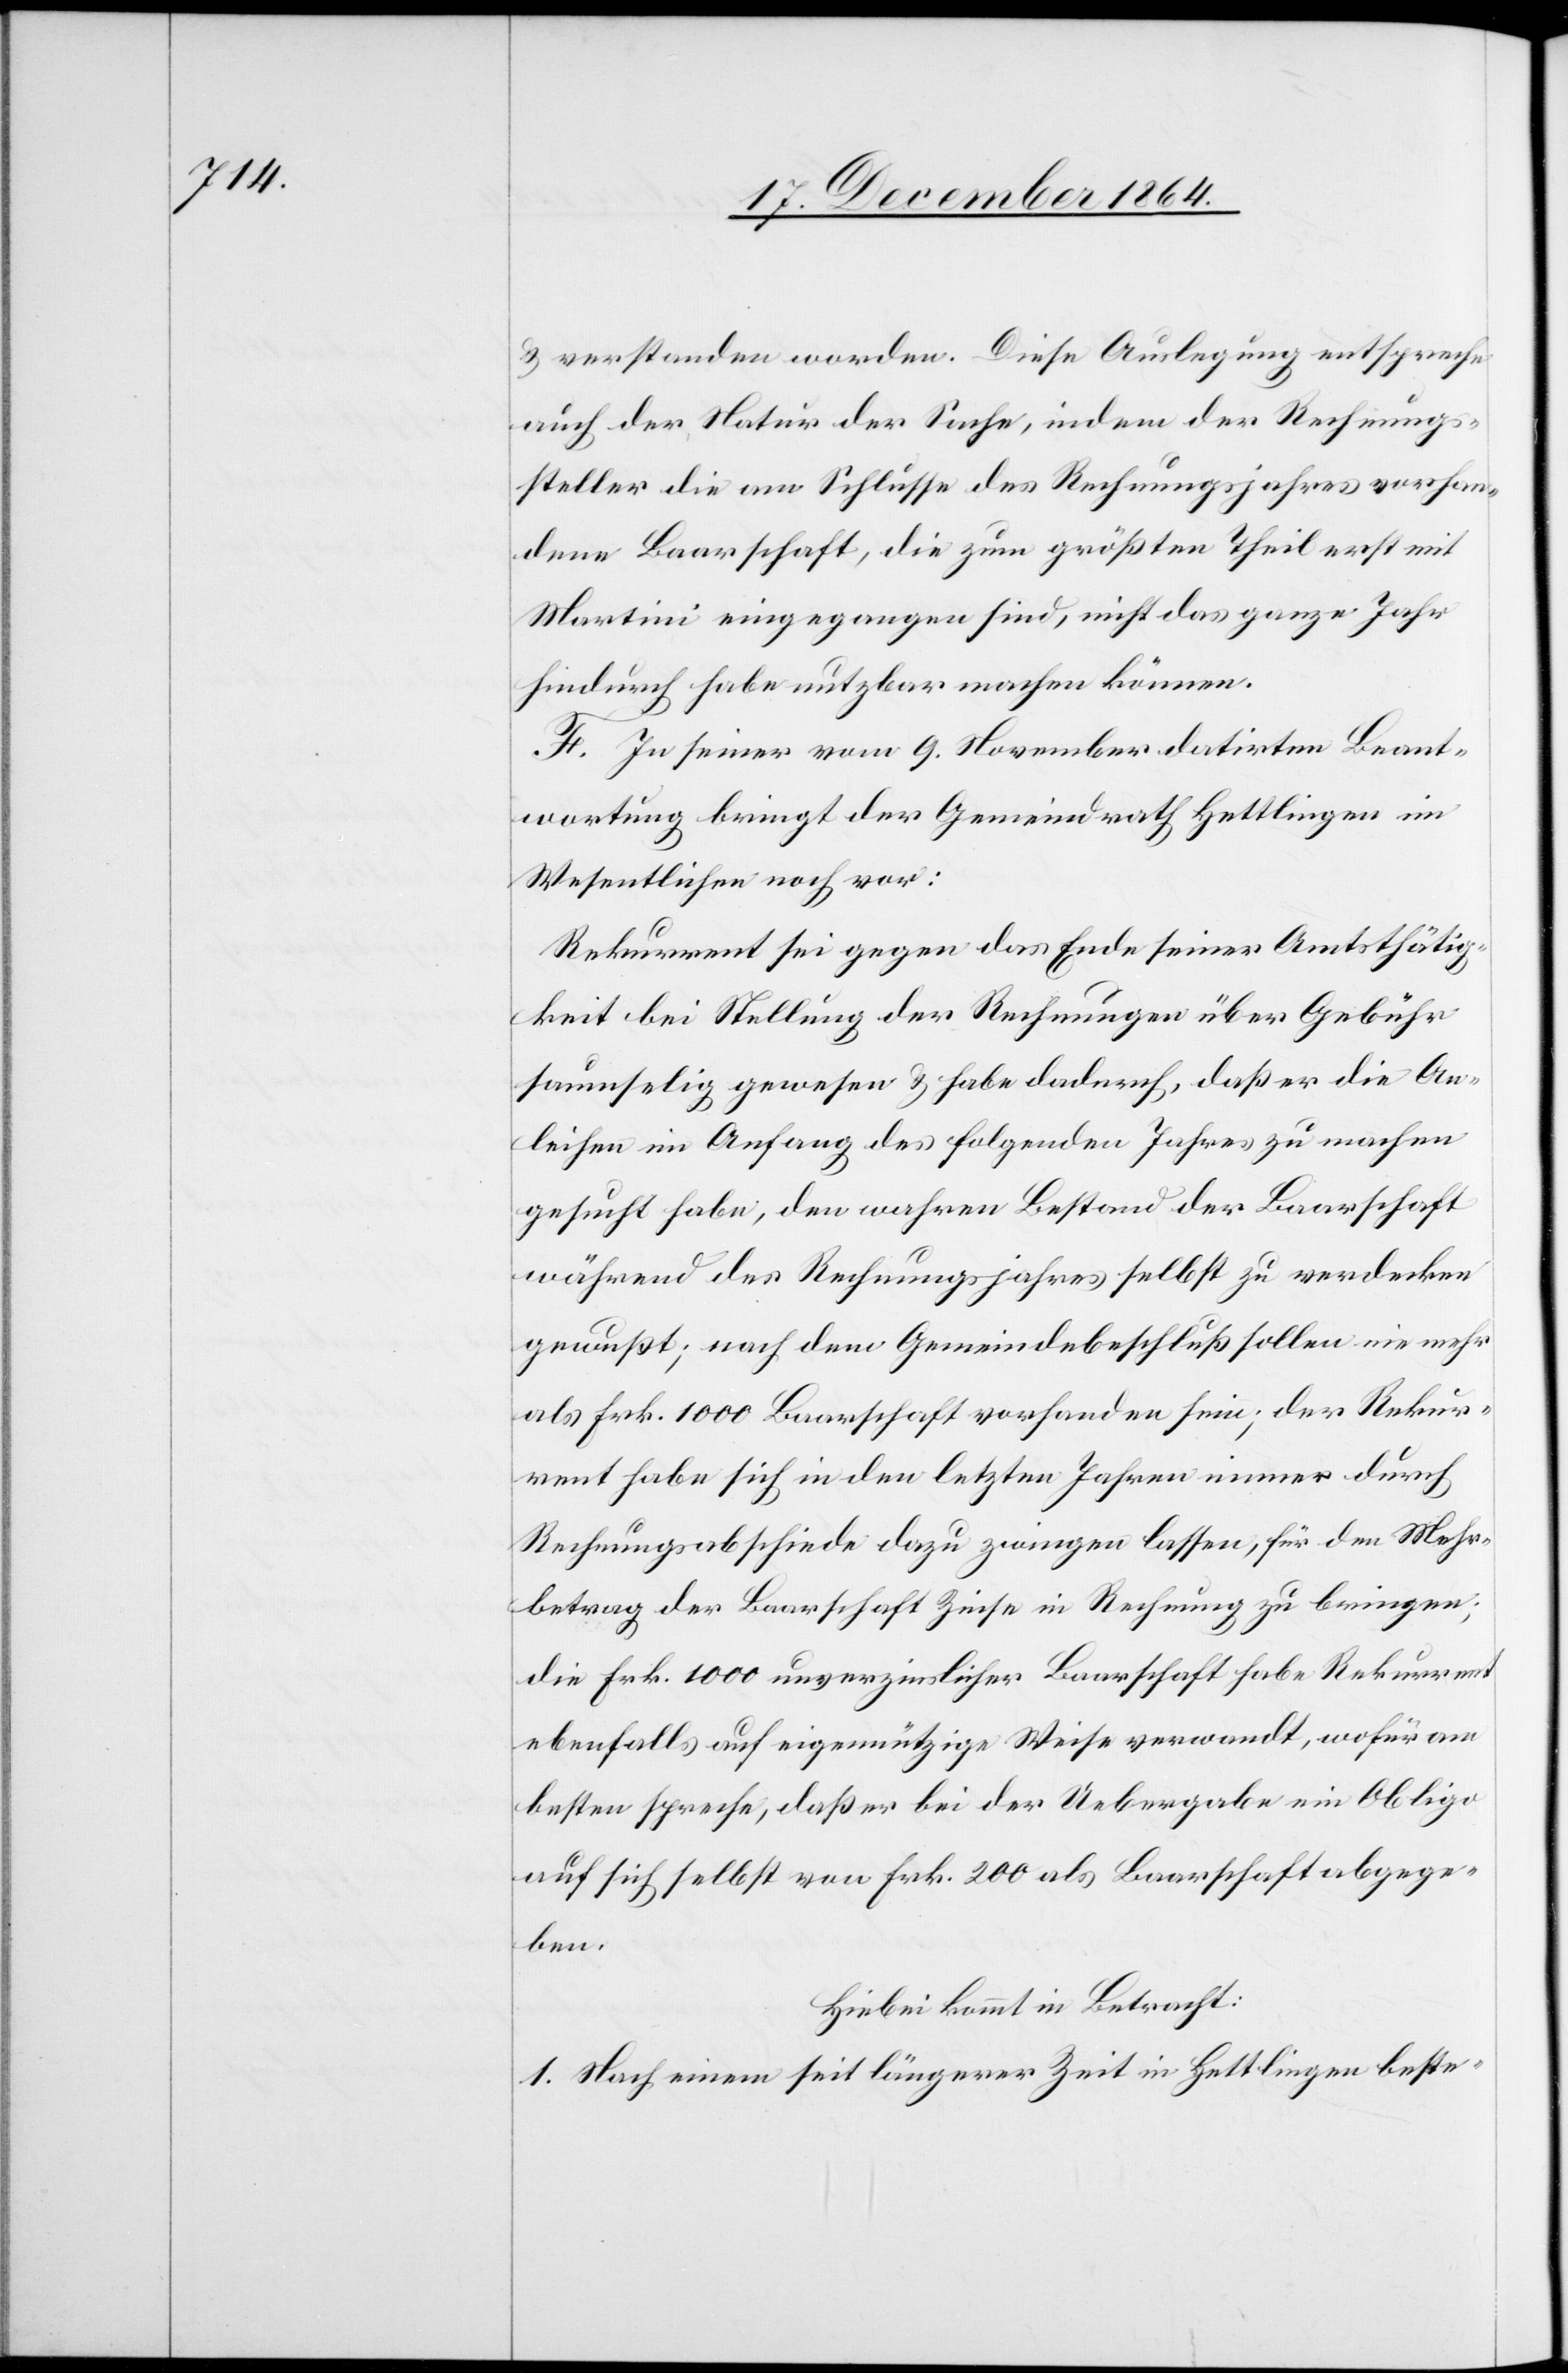
& verstanden worden. Diese Auslegung entsprec¬
he der Natur der Sache, indem der Rechnung¬
steller die am Schlusse des Rechnungsjahres vorhan¬
dene Baarschaft, die zum größten Theil erst mit
Martini eingegangen sind, nicht das ganze Jahr
hindurch habe nutzbar machen können.
F. In seiner vom 9. November datirten Beant¬
wortung bringt der Gemeindrath Hettlingen im
Wesentlichen noch vor:
Rekurrent sei gegen das Ende seiner Amtsthätig¬
keit bei Stellung der Rechnungen über Gebühr
saumselig gewesen & habe dadurch, daß er die An¬
leihen im Anfang des folgenden Jahres zu machen
gesucht habe, den wahren Bestand der Baarschaft
während des Rechnungsjahres selbst zu verdecken
gewußt; nach dem Gemeindebeschluß sollen nie mehr
als Frk. 1000 Baarschaft vorhanden sein; der Rekur¬
rent habe sich in den letzten Jahren immer durch
Rechnungsabschiede dazu zwingen lassen, für den Mehr¬
betrag der Baarschaft Zinse in Rechnung zu bringen;
die Frk. 1000 unverzinslicher Baarschaft habe Rekurrent
ebenfalls auf eigennützige Weise verwandt, wofür am
besten spreche, daß er bei der Uebergabe ein Obligo
auf sich selbst von Frk. 200 als Baarschaft abgege¬
ben.
Hiebei kommt in Betracht:
1. Nach einem seit längerer Zeit in Hettlingen beste-